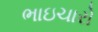
ભાઇચારો